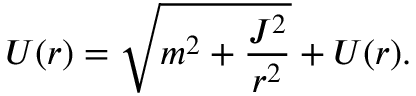
{ \cal U } ( r ) = \sqrt { m ^ { 2 } + \frac { J ^ { 2 } } { r ^ { 2 } } } + U ( r ) .